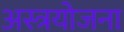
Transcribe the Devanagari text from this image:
अस्त्रयोजना